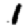
Digit: 1